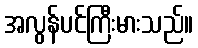
အလွန်ပင်ကြီးမားသည်။